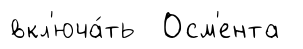
вкл'юча́ть Осм'ента